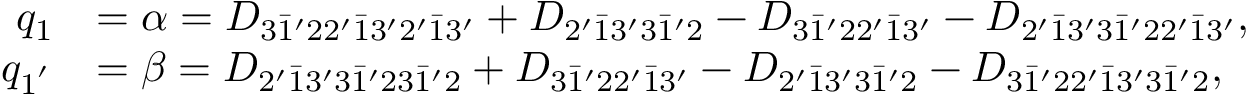
\begin{array} { r l } { q _ { 1 } } & { = \alpha = { D _ { 3 \bar { 1 } ^ { \prime } 2 2 ^ { \prime } \bar { 1 } 3 ^ { \prime } 2 ^ { \prime } \bar { 1 } 3 ^ { \prime } } } + { D _ { 2 ^ { \prime } \bar { 1 } 3 ^ { \prime } 3 \bar { 1 } ^ { \prime } 2 } } - { D _ { 3 \bar { 1 } ^ { \prime } 2 2 ^ { \prime } \bar { 1 } 3 ^ { \prime } } } - { D _ { 2 ^ { \prime } \bar { 1 } 3 ^ { \prime } 3 \bar { 1 } ^ { \prime } 2 2 ^ { \prime } \bar { 1 } 3 ^ { \prime } } } , } \\ { q _ { 1 ^ { ' } } } & { = \beta = { D _ { 2 ^ { \prime } \bar { 1 } 3 ^ { \prime } 3 \bar { 1 } ^ { \prime } 2 3 \bar { 1 } ^ { \prime } 2 } } + { D _ { 3 \bar { 1 } ^ { \prime } 2 2 ^ { \prime } \bar { 1 } 3 ^ { \prime } } } - { D _ { 2 ^ { \prime } \bar { 1 } 3 ^ { \prime } 3 \bar { 1 } ^ { \prime } 2 } } - { D _ { 3 \bar { 1 } ^ { \prime } 2 2 ^ { \prime } \bar { 1 } 3 ^ { \prime } 3 \bar { 1 } ^ { \prime } 2 } } , } \end{array}